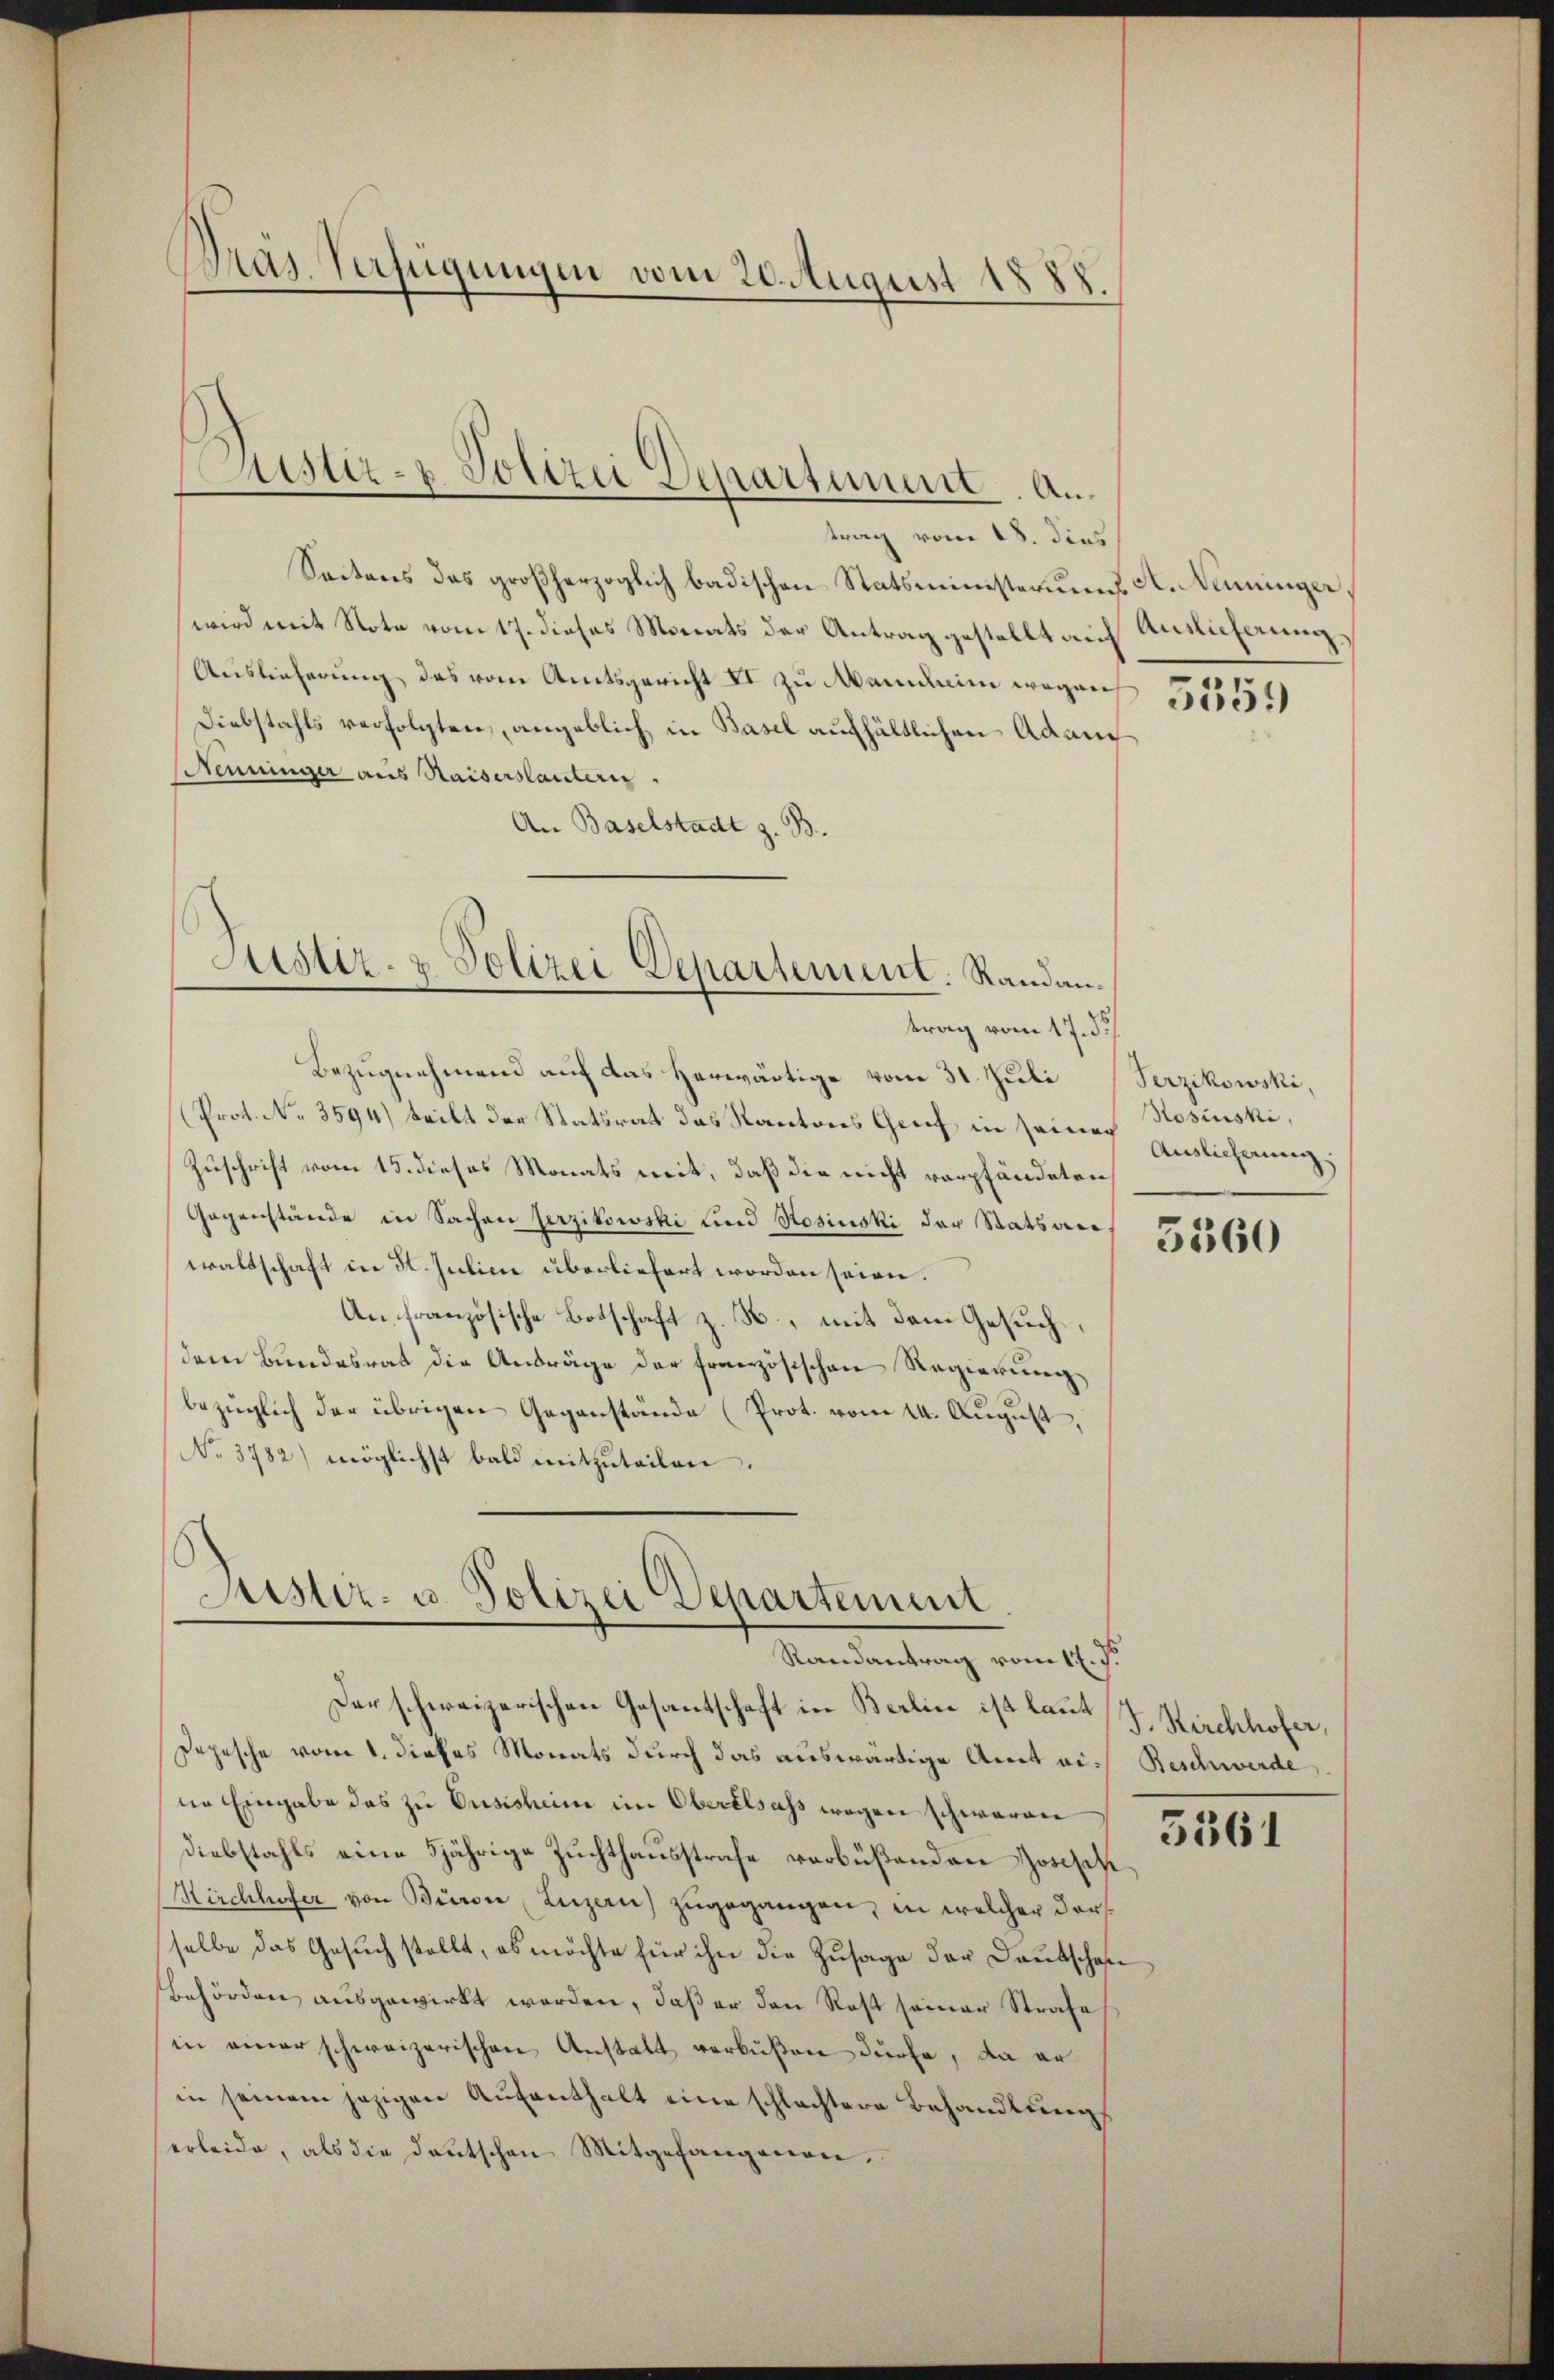
Pras. Verfügungen vom 20. August 1888.

Justiz- & Polizei Departement. An

trag vom 18. dies
Seitens das großherzoglich badischen Statsministeriums A. Nenninger,
wird mit Note vom 17. dieses Monats der Antrag gestellt auf Ansicherung
Auslieferung des vom Amtsgericht II zu Mannheim wegen
Diebstahls verfolgten, angeblich in Basel aufhältlichen Adam
Nenninger aus Kaisers lautern.
An Baselstadt z. B.
trag vom 17. d.
Bezugnehmend auf das herwärtige vom 31. Juli (Serzikowski,
Prot. No. 3594) teilt der Statsrat das Kantons Greif in seine Einlicherung
Zuschrift vom 15. dieses Monats mit, daß die nicht verpfändeten
Gegenstände in Sachen serzitowski und Rosinski der Statsan
waltschaft in K. Juline überliefert worden seien.
An französische Botschaft z. B., mit dem Gesuch,
dem Bundesrat die Andräge der französischen Regierung
bezüglich der übrigen Gegenstände (Prot. vom 14. August,
No. 3782) möglichst bald mitzuteilen.

Justiz- & Polizei Departement. Randan¬

Justiz- u. Polizei Departement
Randantrag vom 17. J.

Der schweizerischen Gesantschaft in Berlin ist laut (J. Kirchhofer,
Depesche vom 1. dieses Monats durch das auswärtige Amt ein Beschwerde,
ne Eingabe das zu Eusisheim im Oberalsass wegen schwaren
Diebstahls eine 5jährige Zuchthausstrafe verbüßenden Joseph
Kirchhofer von Büren Luzern) zugegangen, in welcher darf
selbe das Gesuch stellt, ob möchte für ihn die Zusage der Deutschaf
Behörden ausgewirkt werden, daß er den Rest seiner Strafe
in einer schweizerischen Anstalt verbüßen dürfe, da er
in seinem jezigen Aufenthalt eine schlachtere Behandlungs
erleide, als die Deutschen Mitgehangenen.

5359

Rosinski,

5560

5561